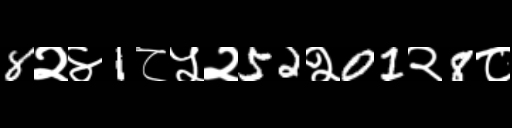
Text: 8२४1८५२52२01२8८